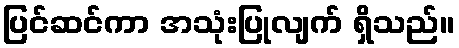
ပြင်ဆင်ကာ အသုံးပြုလျက် ရှိသည်။